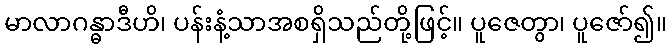
မာလာဂန္ဓာဒီဟိ၊ ပန်းနံ့သာအစရှိသည်တို့ဖြင့်။ ပူဇေတွာ၊ ပူဇော်၍။